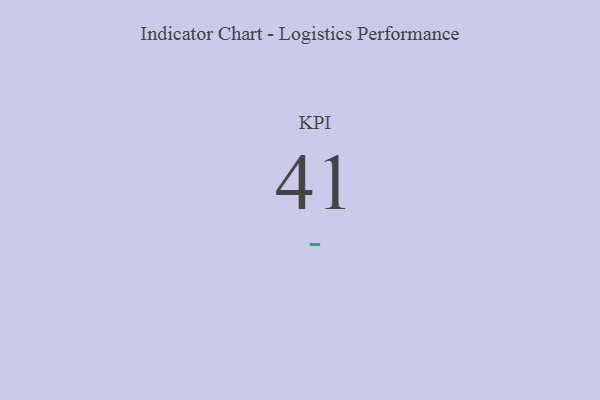
{"axis": {"x": "KPI", "y": "Value"}, "legend": [""], "data": [{"x": "KPI", "y": 41, "type": ""}]}